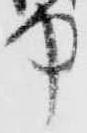
中